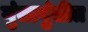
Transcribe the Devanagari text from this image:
गुंतागुंतीत